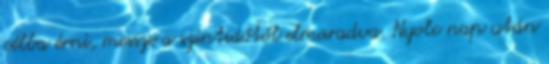
célba érni, messze a szintidőtől elmaradva. Nyolc nap után